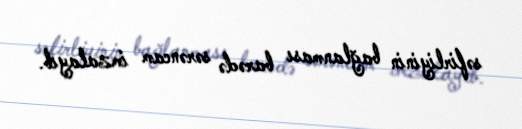
səfirliyinin bağlanması barədə sərəncam imzalayıb.